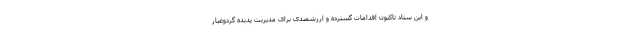
و این ستاد تاکنون اقدامات گسترده و ارزشمندی برای مدیریت پدیده گردوغبار